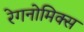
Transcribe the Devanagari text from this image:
रेगनोमिक्स